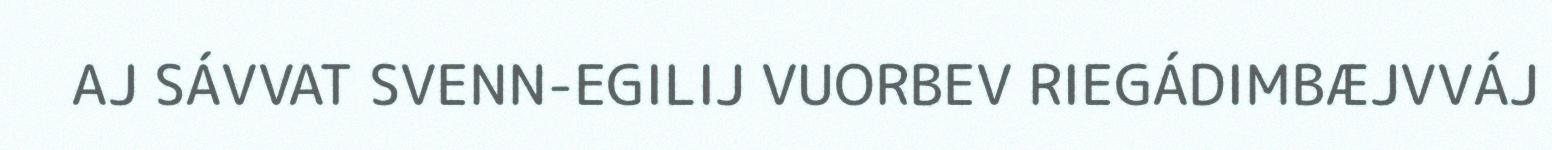
AJ SÁVVAT SVENN-EGILIJ VUORBEV RIEGÁDIMBÆJVVÁJ